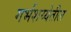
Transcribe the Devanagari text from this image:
गर्भशय्येतील